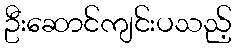
ဦးဆောင်ကျင်းပသည့်